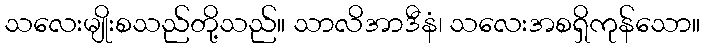
သလေးမျိုးစသည်တို့သည်။ သာလိအာဒီနံ၊ သလေးအစရှိကုန်သော။